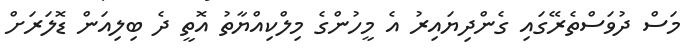
މަސް ދުވަސްތެރޭގައި ގެންދިޔައިރު އެ މީހުންގެ މިލްކިއްޔާތު އޮތީ ދެ ބިލިއަން ޑޮލަރަށް